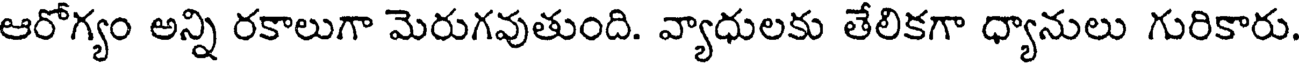
ఆరోగ్యం అన్ని రకాలుగా మెరుగవుతుంది. వ్యాధులకు తేలికగా ధ్యానులు గురికారు.